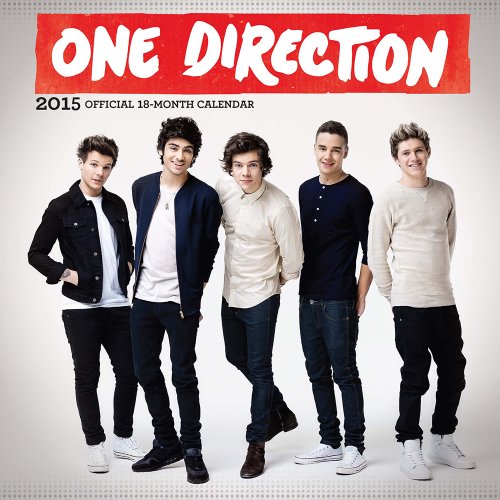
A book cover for One Direction 2015 Mini 7x7; BrownTrout; Calendars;